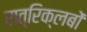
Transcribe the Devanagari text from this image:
रात्रिक्लबों